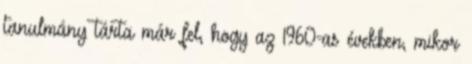
tanulmány tárta már fel, hogy az 1960-as években, mikor